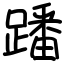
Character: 蹯